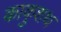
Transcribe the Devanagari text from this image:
काकुशथ